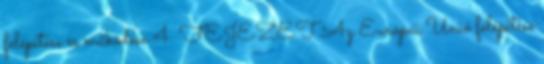
felépítése és működése 4. FEJEZET Az Európai Unió felépítése